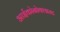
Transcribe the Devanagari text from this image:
आईकोनोक्लास्ट